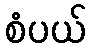
စံပယ်